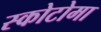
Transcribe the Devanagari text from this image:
स्कोटोमा